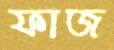
ফাজ